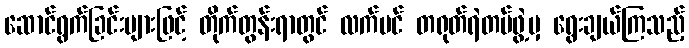
ဆောင်ရွက်ခြင်းများဖြင့် တိုက်တွန်းရာတွင် လက်ပင် တရုတ်ရဲတပ်ဖွဲ့မှ ရွေးချယ်ကြသည့်